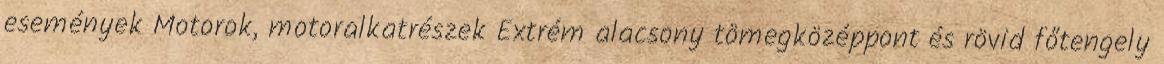
események Motorok, motoralkatrészek Extrém alacsony tömegközéppont és rövid főtengely